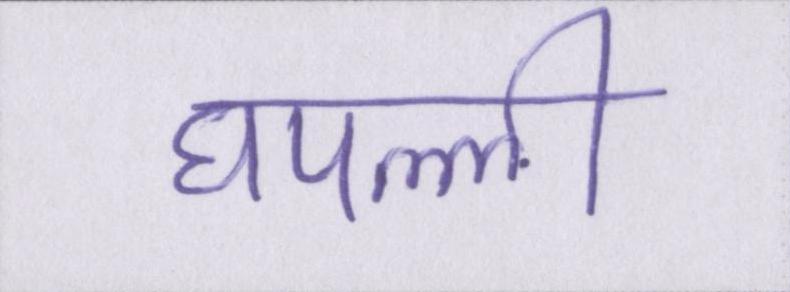
घपल्ली